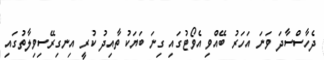
ދެހާސްސާދަ ވަނަ އަހަރު ބޭއްވި އެވޯޓުގައި ގިނަ ބަޔަކު ތާއިދު ކުރީ އިނގިރޭސިވިލާތުގައި